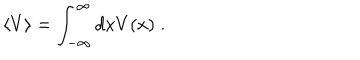
LaTeX: \left< V \right> = \int _ { - \infty } ^ { \infty } d x V ( x ) \; .